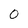
Character: 0